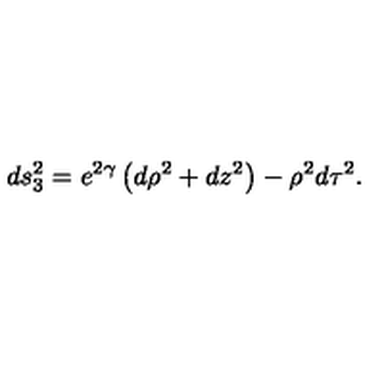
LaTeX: d s _ { 3 } ^ { 2 } = e ^ { 2 \gamma } \left( d \rho ^ { 2 } + d z ^ { 2 } \right) - \rho ^ { 2 } d \tau ^ { 2 } .